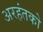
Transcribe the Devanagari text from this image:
अरहंतको